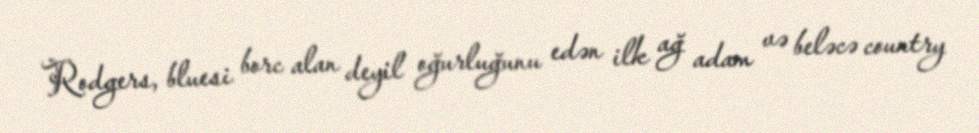
Rodgers, bluesi borc alan deyil oğurluğunu edən ilk ağ adam və beləcə country